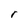
Character: r